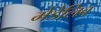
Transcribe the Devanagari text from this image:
मेंडेलिव